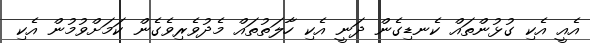
އެއީ އެކި ގުޅުންތައް ކެނޑިގެން ދަނީ އެކި ހާލަތުތައް މެދުވެރިވެގެން ކަމަށްވުމުން އެކި